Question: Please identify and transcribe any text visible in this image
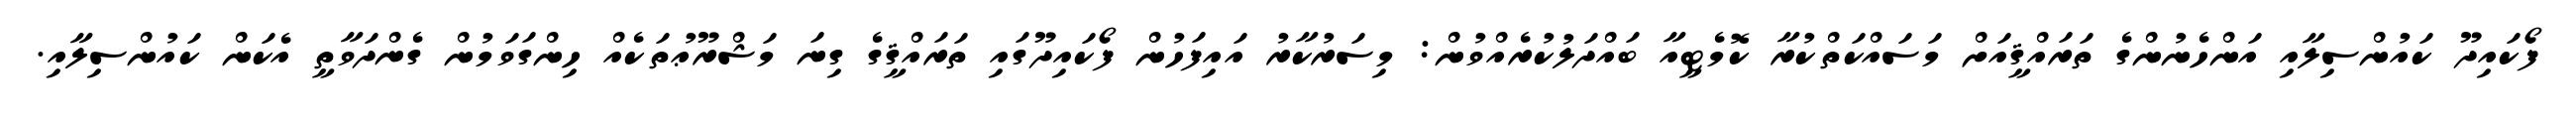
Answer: ފޯކައިދޫ ކައުންސިލާއި އަންހެނުންގެ ތަރައްޤީއަށް މަސައްކަތްކުރާ ކޮމެޓީއާ ބައްދަލުކުރެއްވުން: މިސަރުކާރު އައިފަހުން ފޯކައިދޫގައި ތަރައްޤީގެ ގިނަ މަޝްރޫޢުތަކެއް ހިންގަވަމުން ގެންދަވާތީ އެކަން ކައުންސިލާއި.